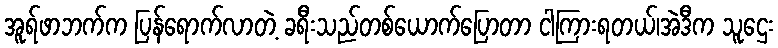
အူရ်ဖာဘက်က ပြန်ရောက်လာတဲ့ ခရီးသည်တစ်ယောက်ပြောတာ ငါကြားရတယ်၊အဲဒီက သူဌေး